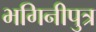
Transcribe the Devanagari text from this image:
भगिनीपुत्र